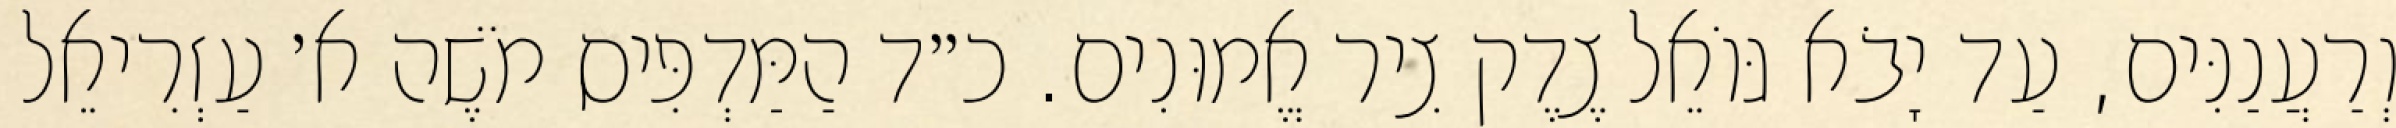
וְרַעֲנַנִּים, עַד יָבֹא גּוֹאֵל צֶדֶק צִיר אֱמוּנִים. כ״ד הַמַּדְפִּיס מֹשֶׁה א׳ עַזְרִיאֵל